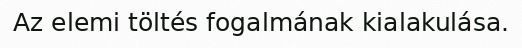
Az elemi töltés fogalmának kialakulása.